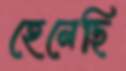
হেনেছি